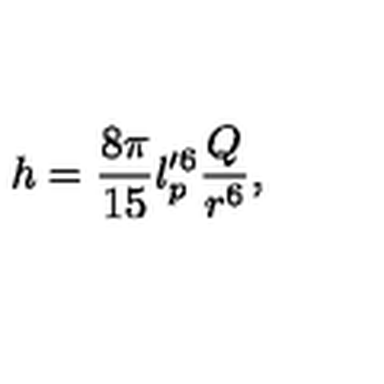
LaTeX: h = \frac { 8 \pi } { 1 5 } l _ { p } ^ { \prime 6 } \frac { Q } { r ^ { 6 } } ,